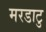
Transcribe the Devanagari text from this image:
मरडाटु